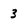
Character: 3